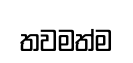
තවමත්ම